Vabadussoja_Ajaloo_Komitee, lk 8
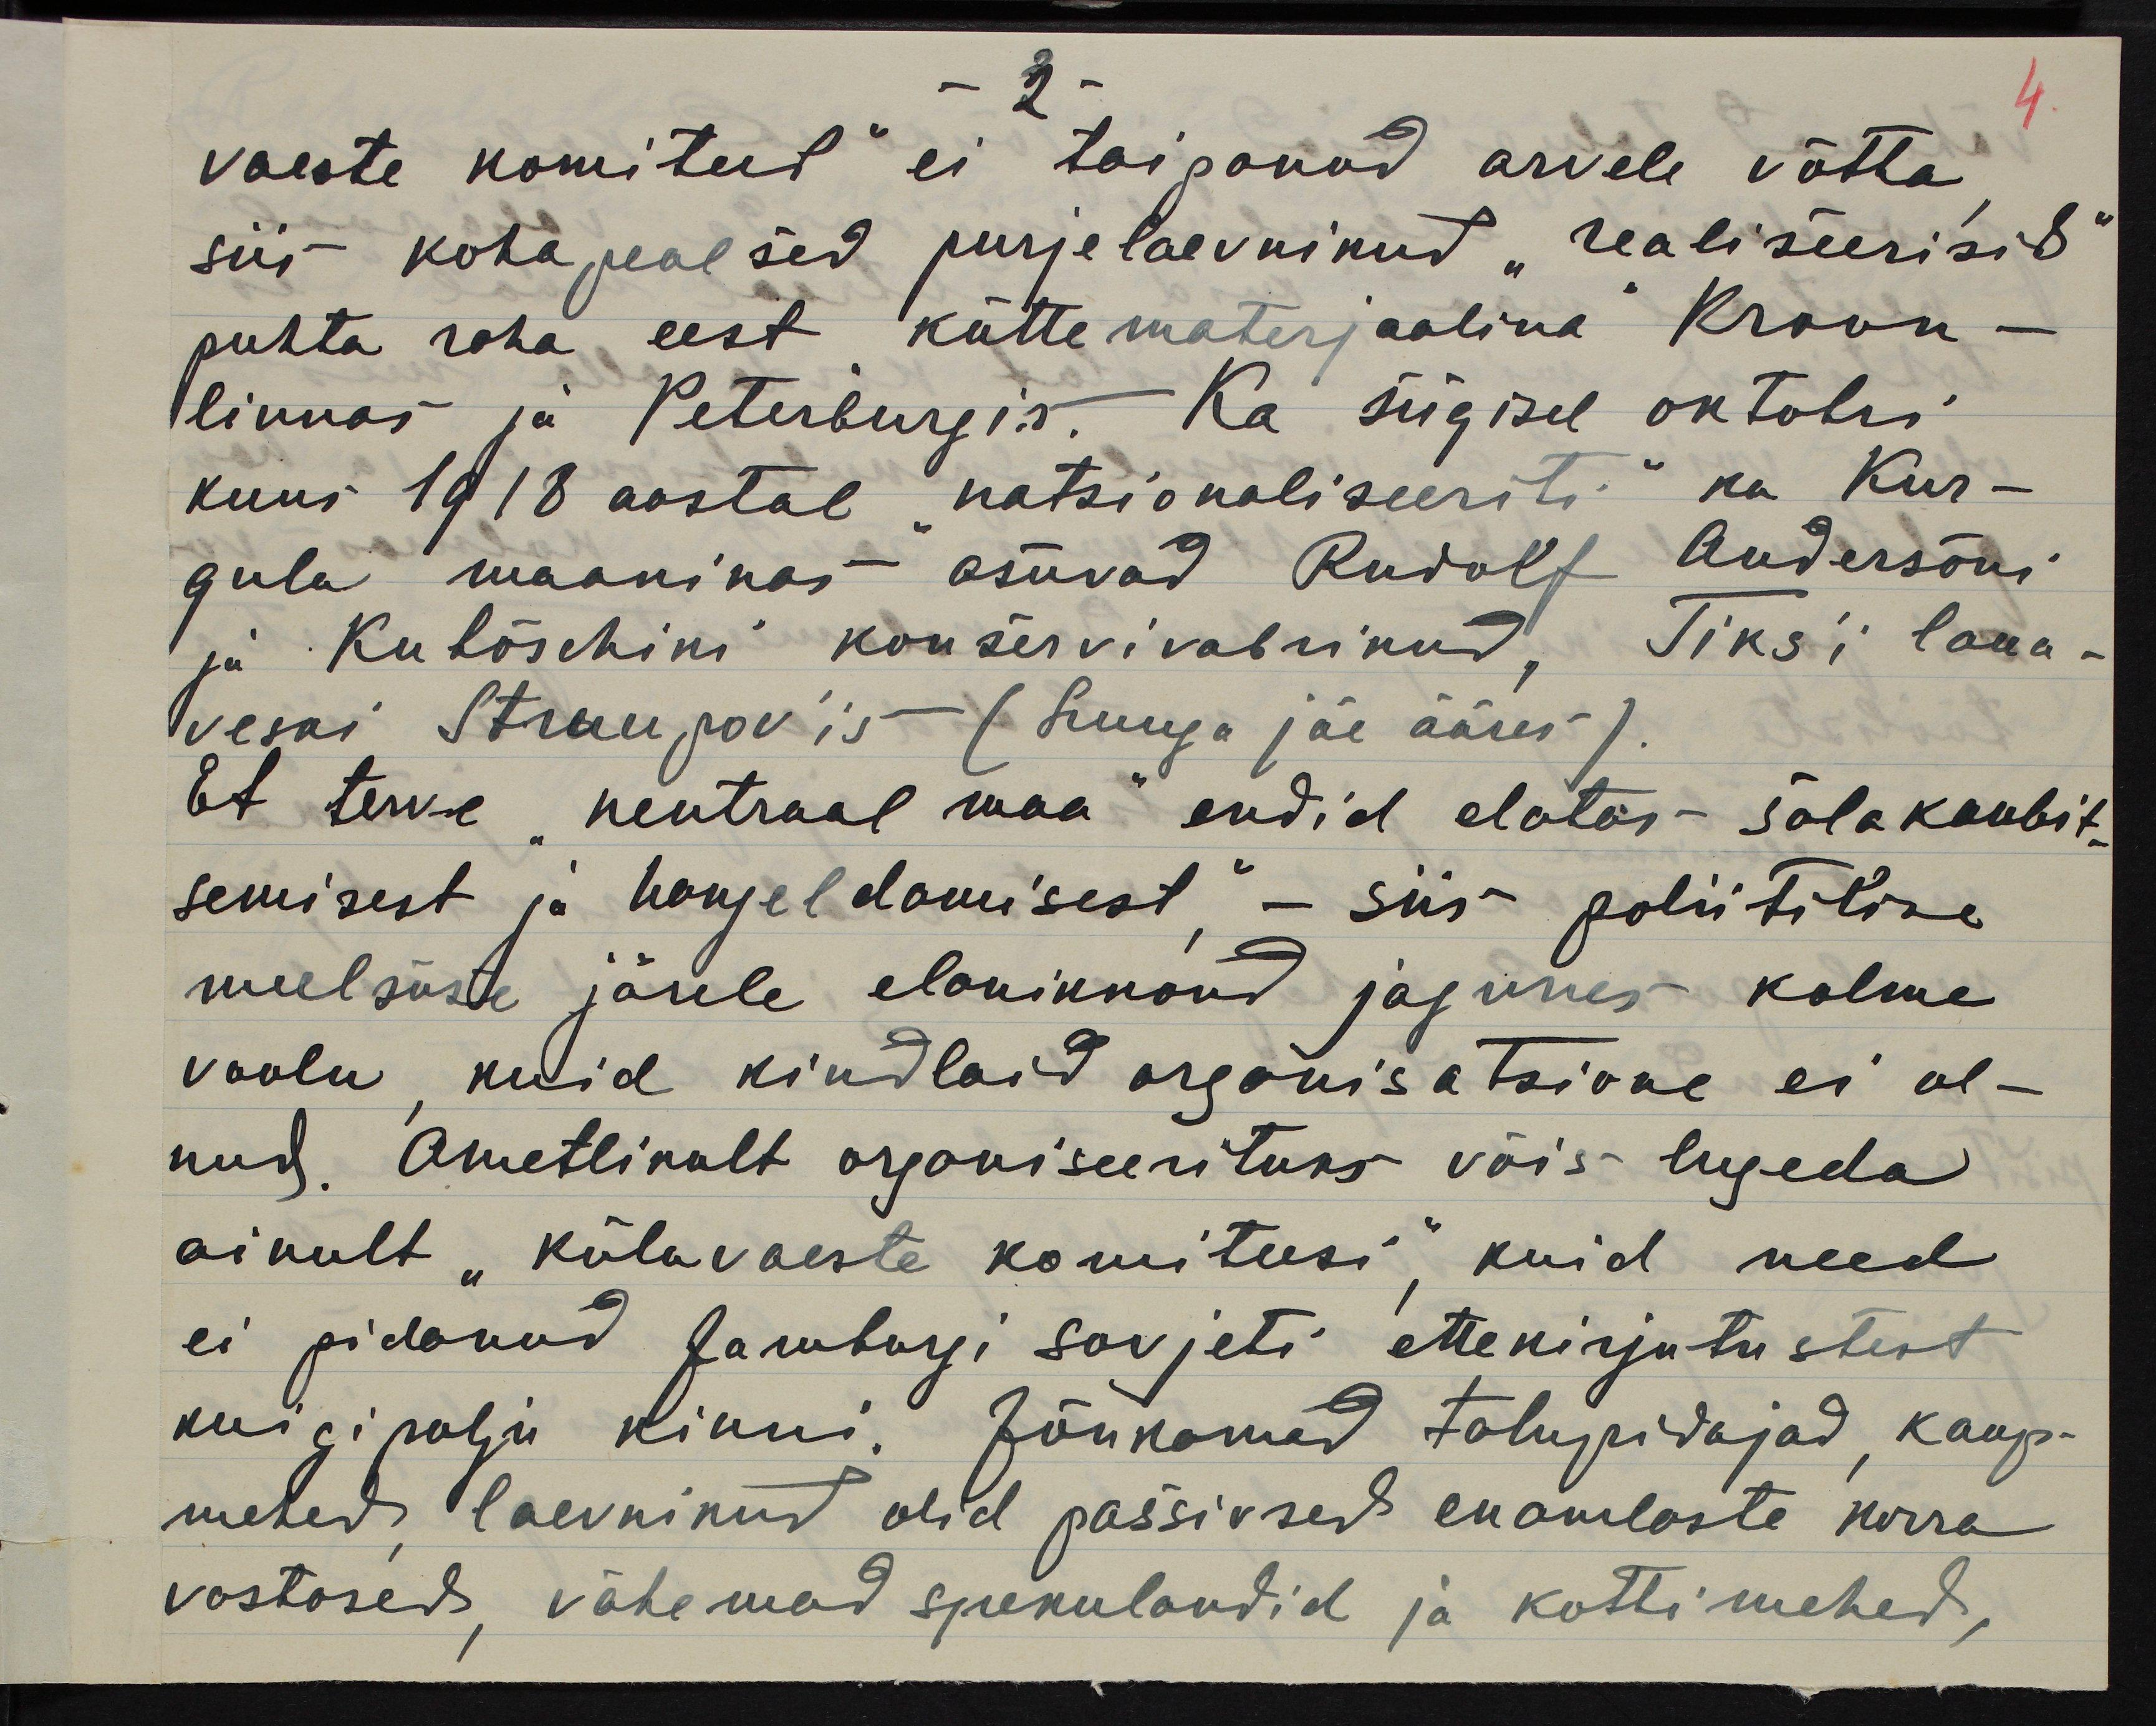
- 2 -
vaeste komiteed" ei taipanud arvele võtta,
siis kohapealsed purjelaevnikud "realiseerisid"
puhta raha eest "küttematerjaalina" Kroon-
linnas ja Peterburgis. Ka sügisel oktobri
kuus 1918 aastal "natsionaliseeriti" ka Kur-
gula maaninas asuvad Rudolf Andersoni
ja Kutõschini konservivabrikud, Tiks´i laua-
veski Struupov'is (Luuga jõe ääres).
Et terve "neutraal maa" endid elatas solakaubit-
semisest ja hangeldamisest", - siis poliitilise
meelsuse järele elanikkond jagunes kolme
voolu, kuid kindlaid organisatsione ei ol-
nud. Ametlikult organiseerituks võis lugeda
ainult "külavaeste komiteesi", kuid need
ei pidanud Jamburgi sovjeti ettekirjutustest
kuigi palju kinni. Jõukamad talupidajad, kaup-
mehed, laevnikud olid passivsed enamlaste korra
vastased, vähemad spekulandid ja kottimehed,